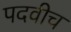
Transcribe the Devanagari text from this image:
पदवीच